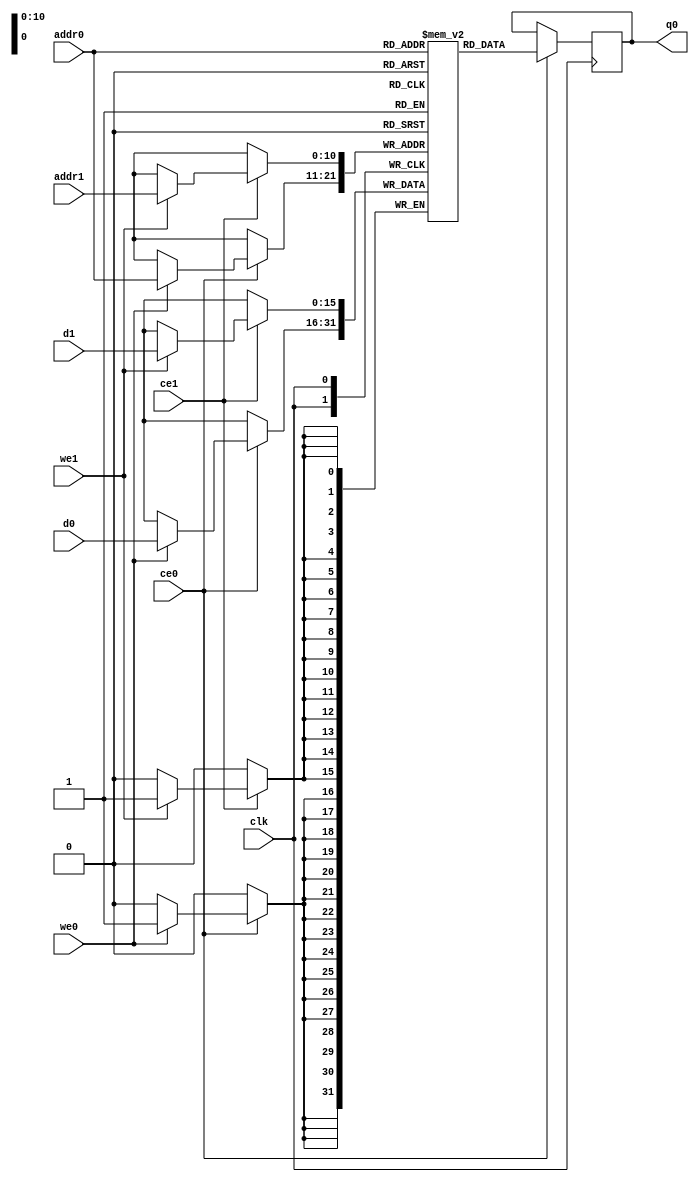
// ==============================================================
// Vivado(TM) HLS - High-Level Synthesis from C, C++ and SystemC v2019.2 (64-bit)
// Copyright 1986-2019 Xilinx, Inc. All Rights Reserved.
// ==============================================================
`timescale 1 ns / 1 ps
module FracNet_T_out_bufdgE_ram (addr0, ce0, d0, we0, q0, addr1, ce1, d1, we1,  clk);

parameter DWIDTH = 16;
parameter AWIDTH = 11;
parameter MEM_SIZE = 1089;

input[AWIDTH-1:0] addr0;
input ce0;
input[DWIDTH-1:0] d0;
input we0;
output reg[DWIDTH-1:0] q0;
input[AWIDTH-1:0] addr1;
input ce1;
input[DWIDTH-1:0] d1;
input we1;
input clk;

(* ram_style = "block" *)reg [DWIDTH-1:0] ram[0:MEM_SIZE-1];




always @(posedge clk)  
begin 
    if (ce0) begin
        if (we0) 
            ram[addr0] <= d0; 
        q0 <= ram[addr0];
    end
end


always @(posedge clk)  
begin 
    if (ce1) begin
        if (we1) 
            ram[addr1] <= d1; 
    end
end


endmodule

`timescale 1 ns / 1 ps
module FracNet_T_out_bufdgE(
    reset,
    clk,
    address0,
    ce0,
    we0,
    d0,
    q0,
    address1,
    ce1,
    we1,
    d1);

parameter DataWidth = 32'd16;
parameter AddressRange = 32'd1089;
parameter AddressWidth = 32'd11;
input reset;
input clk;
input[AddressWidth - 1:0] address0;
input ce0;
input we0;
input[DataWidth - 1:0] d0;
output[DataWidth - 1:0] q0;
input[AddressWidth - 1:0] address1;
input ce1;
input we1;
input[DataWidth - 1:0] d1;



FracNet_T_out_bufdgE_ram FracNet_T_out_bufdgE_ram_U(
    .clk( clk ),
    .addr0( address0 ),
    .ce0( ce0 ),
    .we0( we0 ),
    .d0( d0 ),
    .q0( q0 ),
    .addr1( address1 ),
    .ce1( ce1 ),
    .we1( we1 ),
    .d1( d1 ));

endmodule